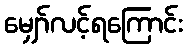
မျှော်လင့်ရကြောင်း